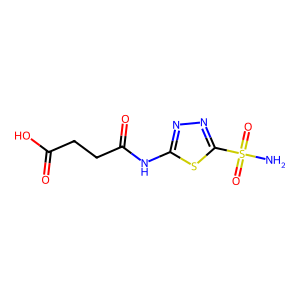
SMILES: NS(=O)(=O)c1nnc(NC(=O)CCC(=O)O)s1
Inhibits HIV replication: No